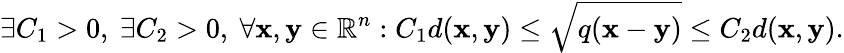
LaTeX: \exists C_{1}>0,\ \exists C_{2}>0,\ \forall\mathbf{x},\mathbf{y}\in\mathbb{R}^{n}:C_{1}d(\mathbf{x},\mathbf{y})\leq{\sqrt{q(\mathbf{x}-\mathbf{y})}}\leq C_{2}d(\mathbf{x},\mathbf{y}).